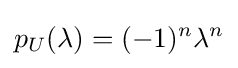
p_{U}(\lambda )=(-1)^{n}\lambda ^{n}